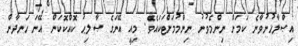
އިޞްލާޙުނުވާނެ ކަމަށް ނިންމެވުނު ނިންމުމަށްޓަކައެވެ. މިއީ އޭނަގެ ޞާލިޙު ކޮއްކޮކަން އޭނަ ހަނދާން